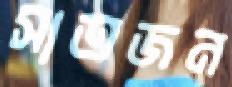
সাতজন